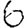
Digit: 6